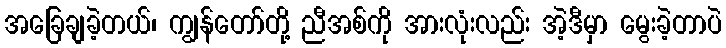
အခြေချခဲ့တယ်၊ ကျွန်တော်တို့ ညီအစ်ကို အားလုံးလည်း အဲ့ဒီမှာ မွေးခဲ့တာပဲ